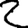
Digit: 2